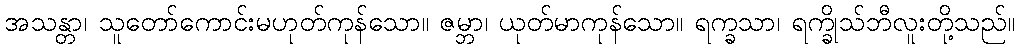
အသန္တာ၊ သူတော်ကောင်းမဟုတ်ကုန်သော။ ဇမ္ဘာ၊ ယုတ်မာကုန်သော။ ရက္ခသာ၊ ရက္ခိုသ်ဘီလူးတို့သည်။